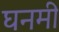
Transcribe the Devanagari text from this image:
घनमी